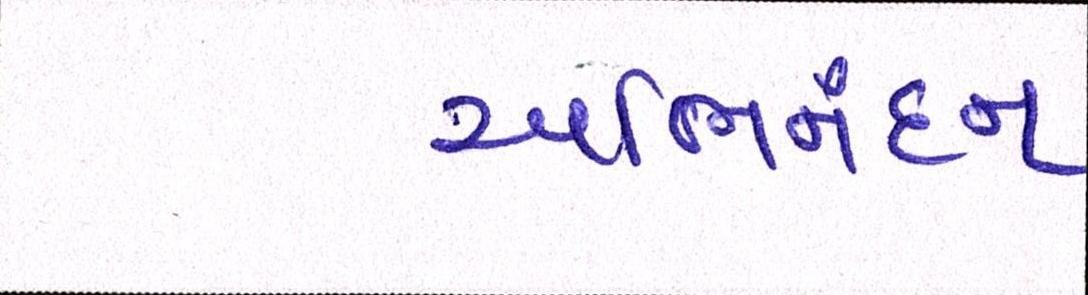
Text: અભિનંદન